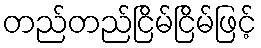
တည်တည်ငြိမ်ငြိမ်ဖြင့်